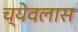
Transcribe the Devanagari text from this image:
च्येवलास